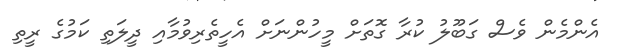
އެންމެން ވެސް ގަބޫލު ކުރާ ގޮތަށް މީހުންނަށް އެހީތެރިވުމާއި ދީލަތި ކަމުގެ ރީތި